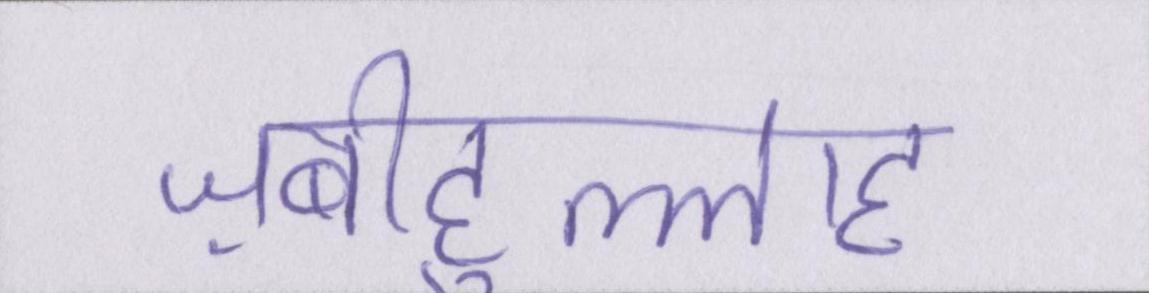
ज़बीहुल्लाह